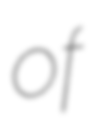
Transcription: of